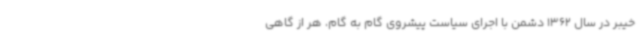
خیبر در سال 1362 دشمن با اجرای سیاست پیشروی گام به گام، هر از گاهی